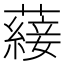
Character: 𮒕